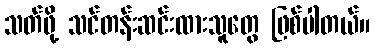
သတ်ဖို့ သင်တန်းဆင်းထားသူတွေ ဖြစ်ပါတယ်။